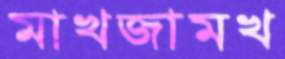
মাখজামখ